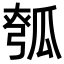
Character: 𪼵